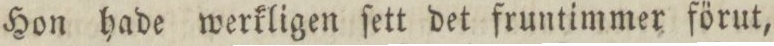
Hon hade werkligen ſett det fruntimmer förut,